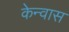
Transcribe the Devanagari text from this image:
केन्वास